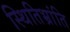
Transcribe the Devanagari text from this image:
स्थितिभ्रांति